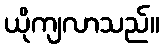
ယိုကျလာသည်။